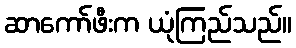
ဆာကော်ဖီးက ယုံကြည်သည်။